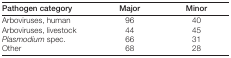
| Pathogen category | Major | Minor |
 | --- | --- | --- |
 | Arboviruses, human | 96 | 40 |
 | Arboviruses, livestock | 44 | 45 |
 | Plasmodium spec. | 66 | 31 |
 | Other | 68 | 28 |